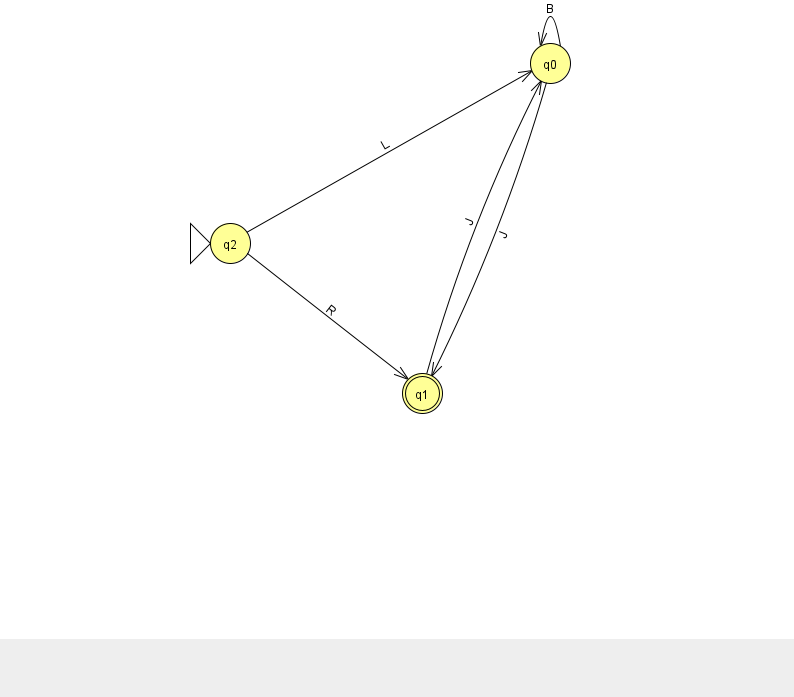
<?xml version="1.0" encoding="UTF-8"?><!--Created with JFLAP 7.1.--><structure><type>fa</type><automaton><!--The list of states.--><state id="0" name="q0"><x>550.0</x><y>50.0</y></state><state id="1" name="q1"><x>422.0</x><y>380.0</y><final/></state><state id="2" name="q2"><x>230.0</x><y>230.0</y><initial/></state><!--The list of transitions.--><transition><from>0</from><to>0</to><read>B</read></transition><transition><from>2</from><to>1</to><read>R</read></transition><transition><from>2</from><to>0</to><read>L</read></transition><transition><from>0</from><to>1</to><read>J</read></transition><transition><from>1</from><to>0</to><read>J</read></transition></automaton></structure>